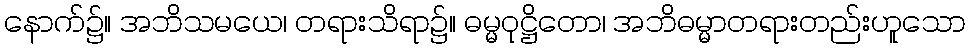
နောက်၌။ အဘိသမယေ၊ တရားသိရာ၌။ ဓမ္မဝုဋ္ဌိတော၊ အဘိဓမ္မာတရားတည်းဟူသော